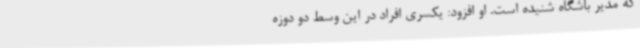
که مدیر باشگاه شنیده است. او افزود: یکسری افراد در این‌ وسط دو دوزه